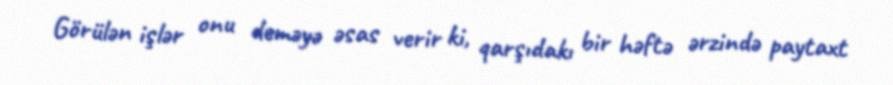
Görülən işlər onu deməyə əsas verir ki, qarşıdakı bir həftə ərzində paytaxt